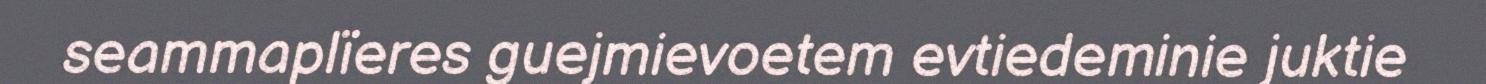
seammaplïeres guejmievoetem evtiedeminie juktie